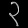
Digit: ၃